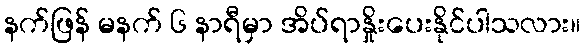
နက်ဖြန် မနက် ၆ နာရီမှာ အိပ်ရာနှိုးပေးနိုင်ပါသလား။